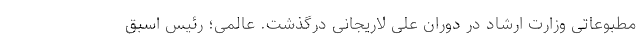
مطبوعاتی وزارت ارشاد در دوران علی لاریجانی درگذشت. عالمی؛ رئیس اسبق